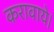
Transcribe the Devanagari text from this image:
करावाये।